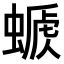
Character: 𧏕